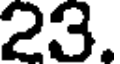
23.